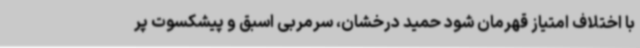
با اختلاف امتیاز قهرمان شود حمید درخشان، سرمربی اسبق و پیشکسوت پر